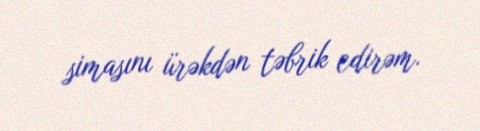
simasını ürəkdən təbrik edirəm.